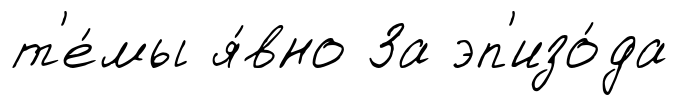
т'е́мы я́вно За эп'изо́да